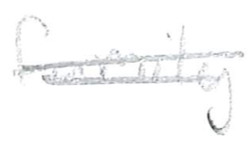
Text: family
Cross-out: double-line
Writing tool: pencil